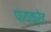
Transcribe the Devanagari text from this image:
पाय्क्रेट